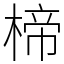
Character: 楴